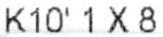
K10' 1 X 8